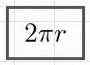
2\pi r